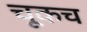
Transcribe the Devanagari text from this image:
चूकच